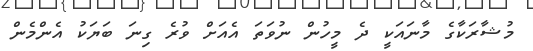
މުޝާރަކާގެ މާނައަކީ ދެ މީހުން ނުވަތަ އެއަށް ވުރެ ގިނަ ބަޔަކު އެންމެން